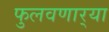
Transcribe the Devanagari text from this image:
फुलवणार्‍या